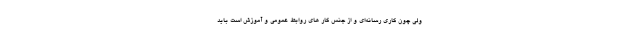
ولی چون کاری رسانه‌ای و از جنس کار های روابط عمومی و آموزش است باید